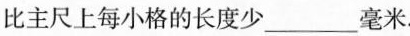
比主尺上每小格的长度少___毫米.